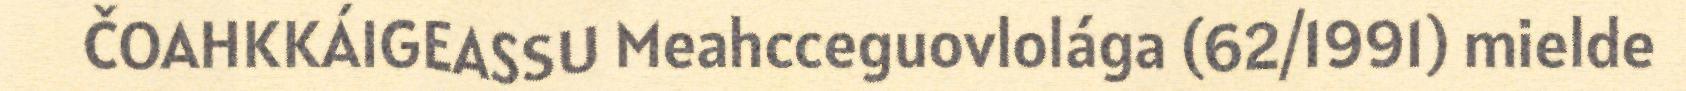
ČOAHKKÁIGEASSU Meahcceguovlolága (62/1991) mielde